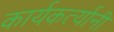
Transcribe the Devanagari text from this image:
कार्यकर्त्‍यानी